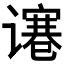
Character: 𰶋